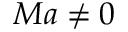
M a \neq 0